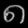
Digit: ၈